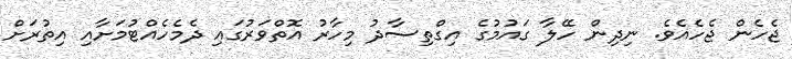
ޖެހެން ޖެހެއެވެ. ނިދިން ހޭލާ ގައުމުގެ އިގްތިސާދު މިހާރު އޮތްވަރުގައި ދެމެހެއްޓުމަށާއި އިތުރަށް